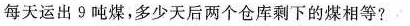
每天运出9吨煤，多少天后两个仓库剩下的煤相等?